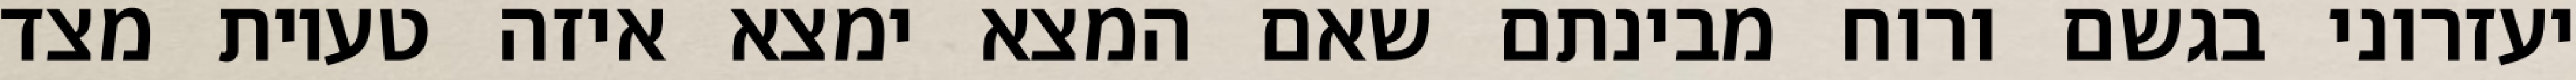
יעזרוני בגשם ורוח מבינתם שאם המצא ימצא איזה טעיות מצד